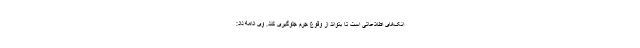
انک‌های اطلاعاتی است تا بتواند از وقوع جرم جلوگیری کند. وی ادامه داد: